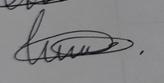
Signature authenticity: genuine